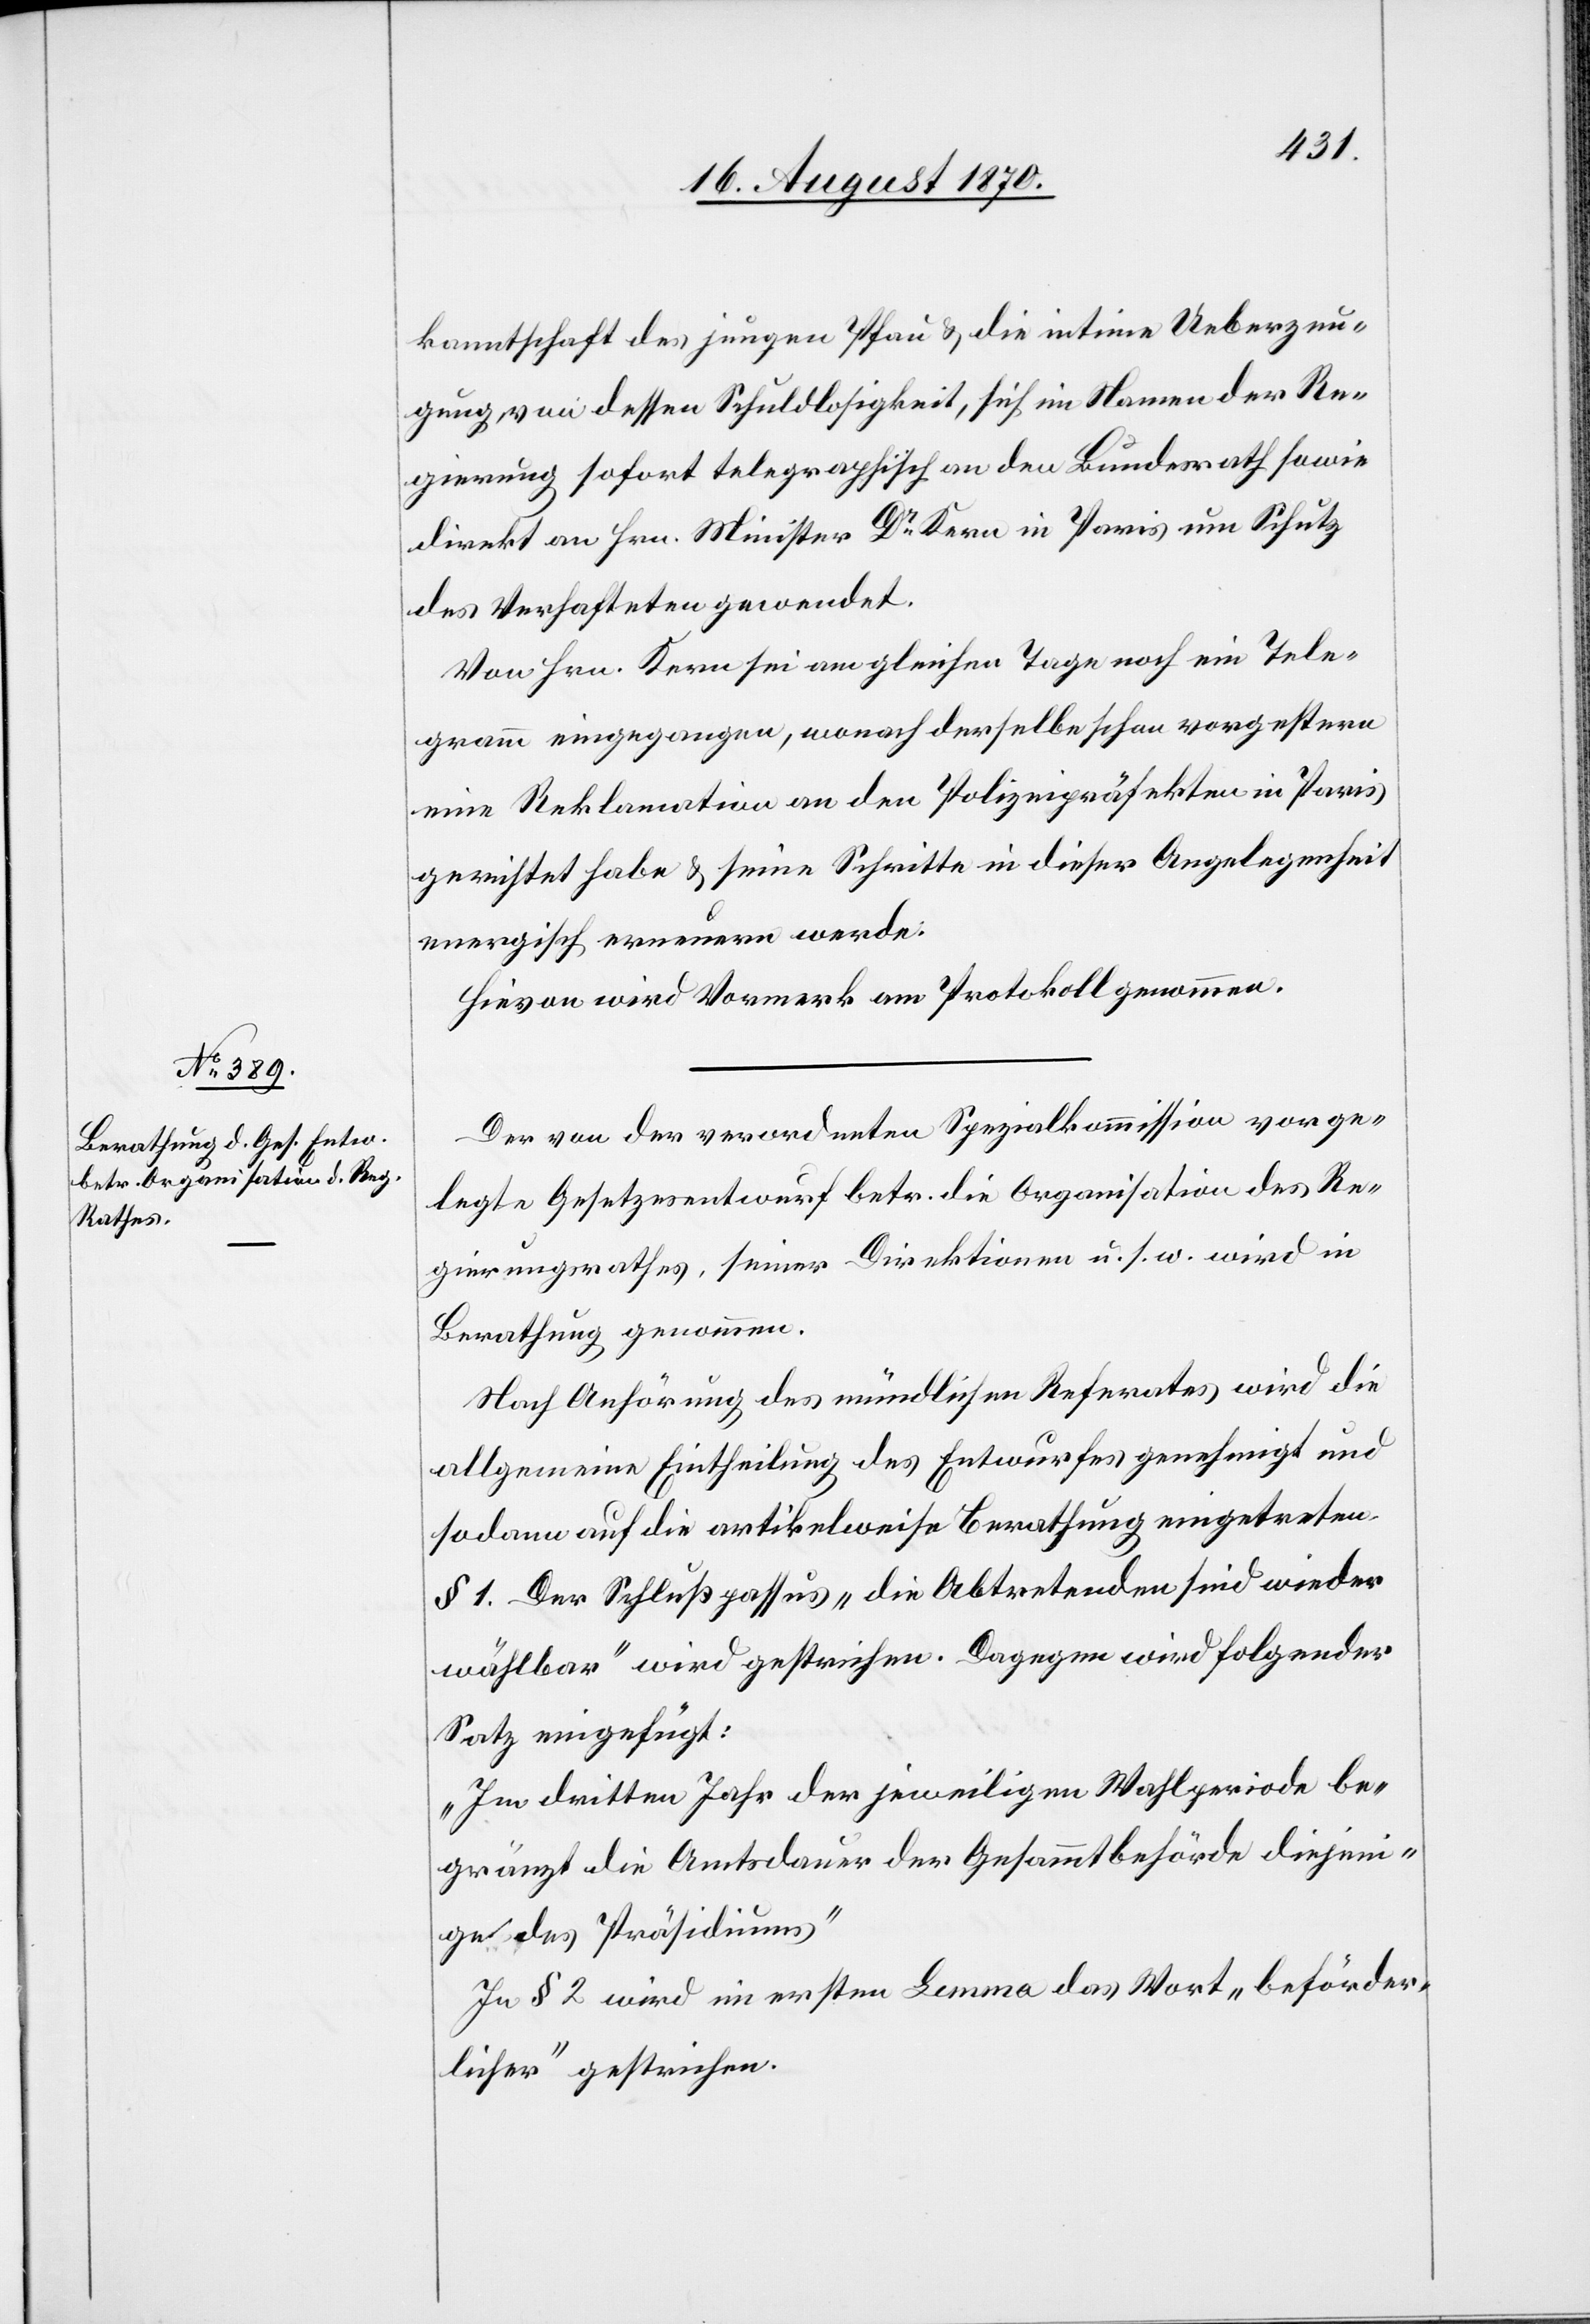
kanntschaft des jüngeren Pfau & die intime Ueberzeu¬
gung von dessen Schuldlosigkeit, sich im Namen der Re¬
gierung sofort telegraphisch an den Bundesrath sowie
direkt an Hrn. Minister Dr Kern in Paris um Schutz
des Verhafteten gewendet.
Von Hrn. Kern sei am gleichen Tage noch ein Tele¬
gramm eingegangen, wonach derselbe schon vorgestern
eine Reklamation an den Polizeipräfekten in Paris
gerichtet habe & seine Schritte in dieser Angelegenheit
energisch erneuern werde.
Hievon wird Vormerk am Protokoll genommen.
Der von der verordneten Spezialkommission vorge¬
legte Gesetzesentwurf betr. die Organisation des Re¬
gierungsrathes, seiner Direktionen u. s. w. wird in
Berathung genommen.
Nach Anhörung des mündlichen Referates wird die
allgemeine Eintheilung des Entwurfes genehmigt und
sodann auf die artikelweise Berathung eingetreten.
§ 1. Der Schlußpassus „die Abtretenden sind wieder
wählbar“ wird gestrichen. Dagegen wird folgender
Satz eingefügt:
„Im dritten Jahr der jeweiligen Wahlperiode be¬
gränzt die Amtsdauer der Gesammtbehörde diejeni¬
ge des Präsidiums[.]“
In § 2 wird im ersten Lemma das Wort „beförder¬
licher“ gestrichen.